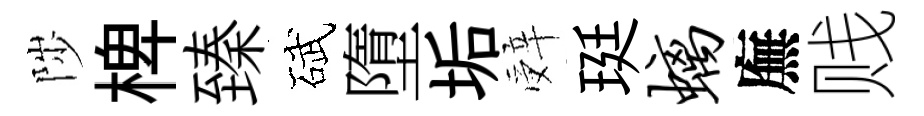
陟椑臻碔墮垢辤珽螭廡贱